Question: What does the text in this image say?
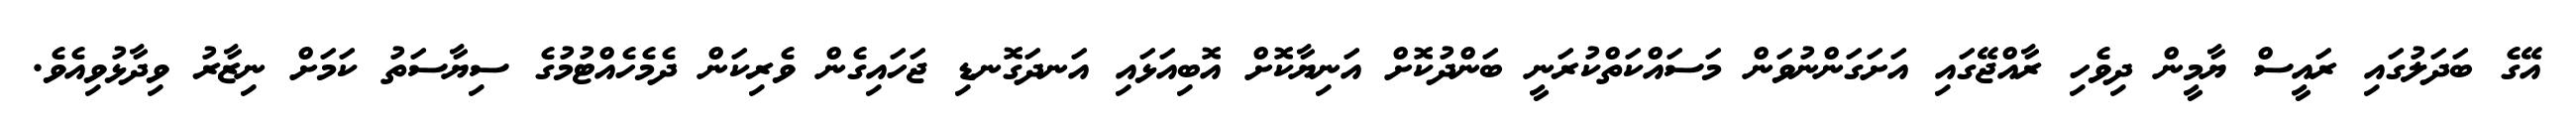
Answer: އޭގެ ބަދަލުގައި ރައީސް ޔާމީން ދިވެހި ރާއްޖޭގައި އަށަގަންނުވަން މަސައްކަތްކުރަނީ ބަންދުކޮށް އަނިޔާކޮށް އޮބިއަޅައި އަނދަގޮނޑި ޖަހައިގެން ވެރިކަން ދެމެހެއްޓުމުގެ ސިޔާސަތު ކަމަށް ނިޒާރު ވިދާޅުވިއެވެ.